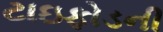
ટાઇફોડની